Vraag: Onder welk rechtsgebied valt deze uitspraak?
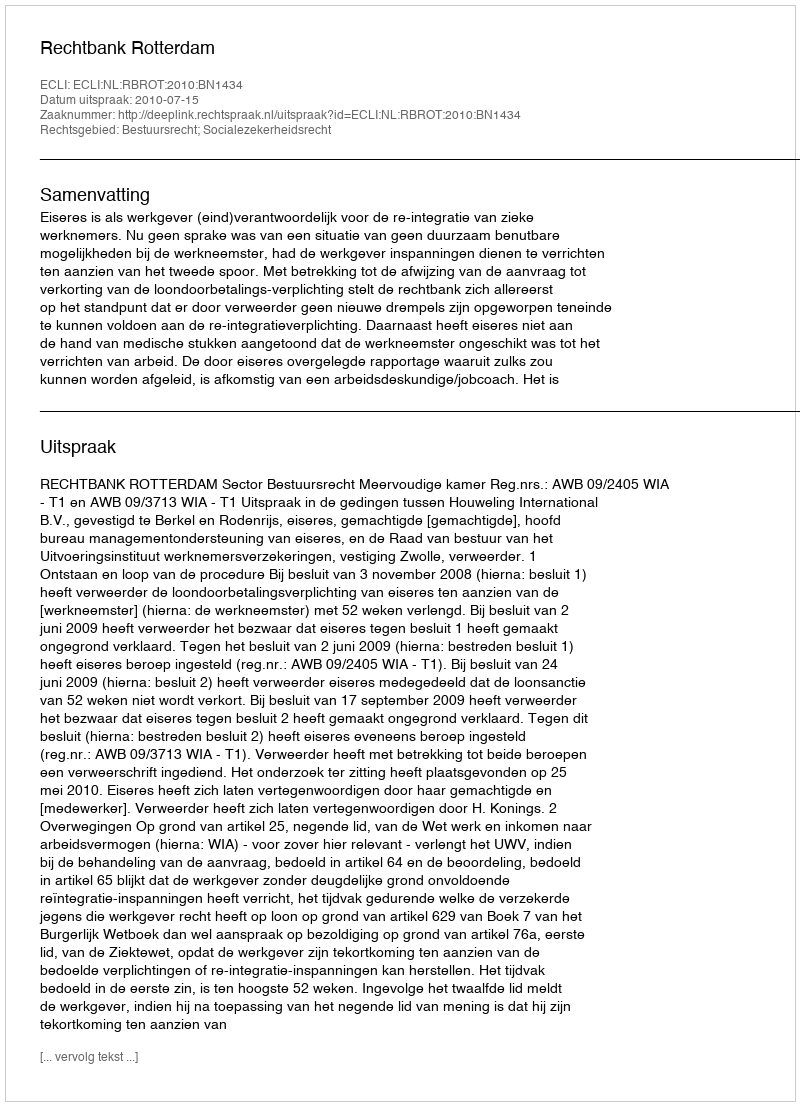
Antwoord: Bestuursrecht; Socialezekerheidsrecht